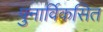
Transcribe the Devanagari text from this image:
पुनार्विकसित